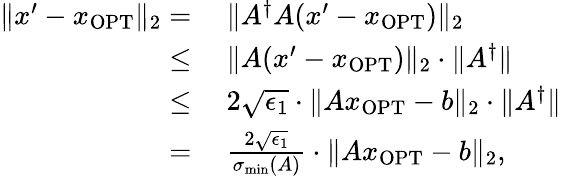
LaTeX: \begin{array}{rl}{\| x^{\prime}-x_{\mathrm{OPT}}\| _{2}=}&{~\| A^{\dagger}A(x^{\prime}-x_{\mathrm{OPT}})\| _{2}}\\ {\leq}&{~\| A(x^{\prime}-x_{\mathrm{OPT}})\| _{2}\cdot\| A^{\dagger}\| }\\ {\leq}&{~2\sqrt{\epsilon_{1}}\cdot\| Ax_{\mathrm{OPT}}-b\| _{2}\cdot\| A^{\dagger}\| }\\ {=}&{~\frac{2\sqrt{\epsilon_{1}}}{\sigma_{\operatorname*{min}}(A)}\cdot\| Ax_{\mathrm{OPT}}-b\| _{2},}\end{array}